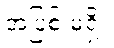
အပြစ် မရှိ။